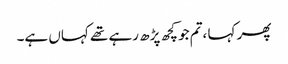
پھر کہا ،تم جو کچھ پڑھ رہے تھے کہاں ہے۔